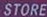
STORE